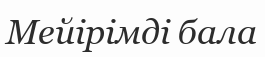
Мейірімді бала